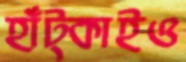
হাঁট্‌কাইও